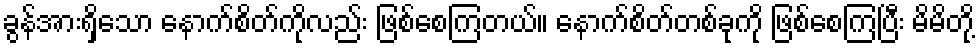
ခွန်အားရှိသော နောက်စိတ်ကိုလည်း ဖြစ်စေကြတယ်။ နောက်စိတ်တစ်ခုကို ဖြစ်စေကြပြီး မိမိတို့